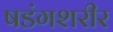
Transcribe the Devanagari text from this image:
षडंगशरीर